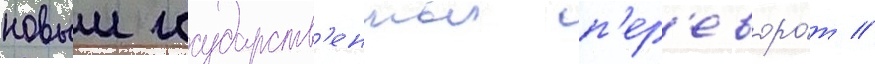
новыи государств'енныи п'ер'еворо́т //